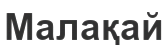
Малақай